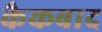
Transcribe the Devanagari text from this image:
कैकबाद